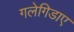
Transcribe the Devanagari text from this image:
गलेगिडाए